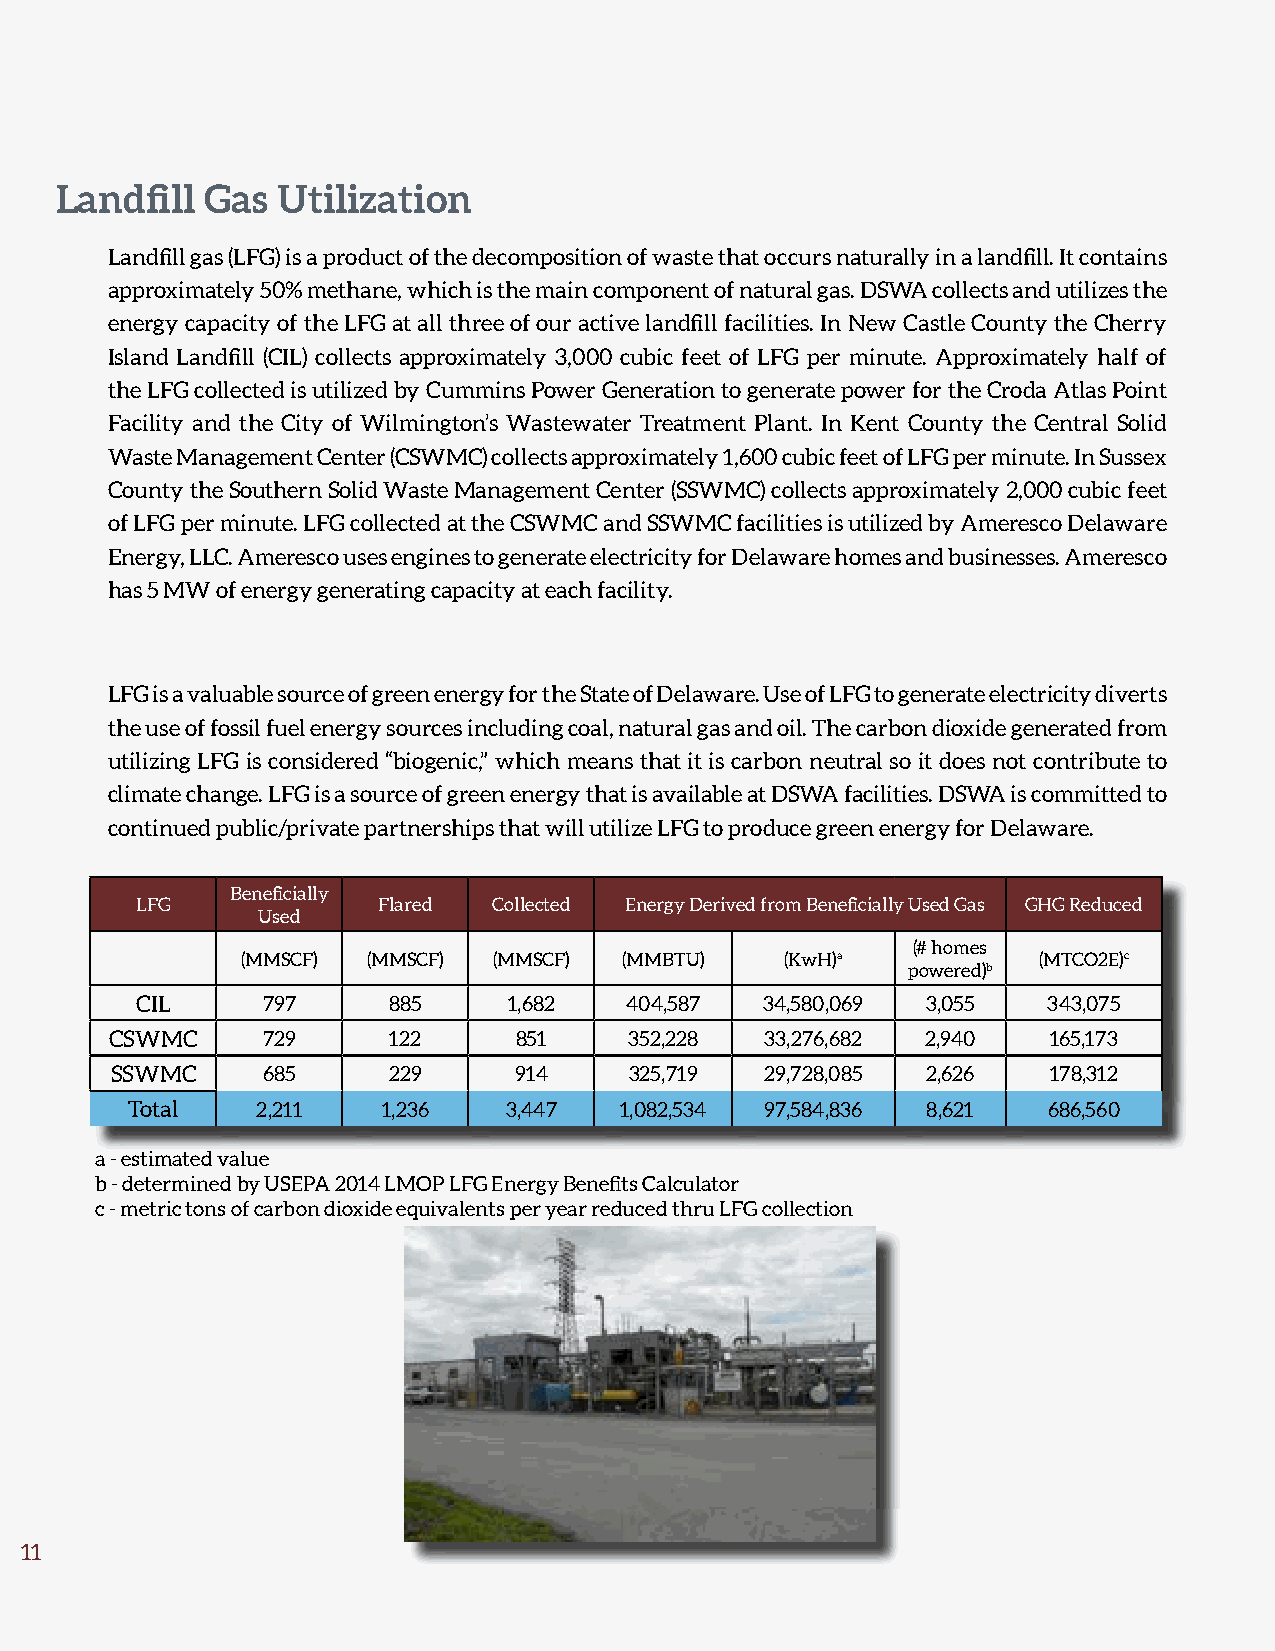
Recovered  Resource Quantities  Sent To Market  By Material
 Landfill  Gas Utilization
 FY2021
 Landfill gas (LFG) is a product of the decomposition of waste that occurs naturally in a landfill. It contains
 approximately 50% methane, which is the main component of natural gas. DSWA collects and utilizes the
 energy capacity of the LFG at all three of our active landfill facilities. In New Castle County the Cherry
 Island Landfill (CIL) collects approximately 3,000 cubic feet of LFG per minute. Approximately half of
 the LFG collected is utilized by Cummins Power Generation to generate power for the Croda Atlas Point
 Facility and the City of Wilmington’s Wastewater Treatment Plant. In Kent County the Central Solid
 Waste Management Center (CSWMC) collects approximately 1,600 cubic feet of LFG per minute. In Sussex
 County the Southern Solid Waste Management Center (SSWMC) collects approximately 2,000 cubic feet
 of LFG per minute. LFG collected at the CSWMC and SSWMC facilities is utilized by Ameresco Delaware
 Energy, LLC. Ameresco uses engines to generate electricity for Delaware homes and businesses. Ameresco
 has 5 MW of energy generating capacity at each facility.
 LFG is a valuable source of green energy for the State of Delaware. Use of LFG to generate electricity diverts
 the use of fossil fuel energy sources including coal, natural gas and oil. The carbon dioxide generated from
 utilizing LFG is considered “biogenic,” which means that it is carbon neutral so it does not contribute to Recovered Resource Quantities Used by Material
 climate change. LFG is a source of green energy that is available at DSWA facilities. DSWA is committed to           FY 2021
 continued public/private partnerships that will utilize LFG to produce green energy for Delaware.
 Beneficially
 LFG             Flared  Collected Energy Derived from Beneficially Used Gas GHG Reduced
 Used
 (# homes
 (MMSCF) (MMSCF)  (MMSCF) (MMBTU)    (KwH)a           (MTCO2E)c
 powered)b
 CIL     797      885     1,682  404,587   34,580,069 3,055  343,075
 CSWMC     729      122     851     352,228  33,276,682 2,940   165,173
 SSWMC     685      229     914     325,719  29,728,085 2,626  178,312
 Total    2,211   1,236   3,447   1,082,534 97,584,836 8,621  686,560
 a - estimated value
 b - determined by USEPA 2014 LMOP LFG Energy Benefits Calculator
 c - metric tons of carbon dioxide equivalents per year reduced thru LFG collection
 11